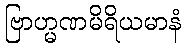
ဗြာဟ္မဏမိရိယမာနံ